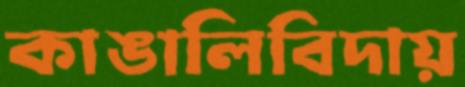
কাঙালিবিদায়